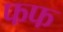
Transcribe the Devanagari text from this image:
फफ